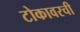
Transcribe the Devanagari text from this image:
टोकावरची